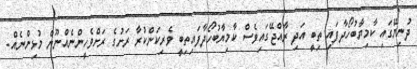
ދުނިޔޭގައި ކާމިޔާބުހޯދާފައި ތިބީ އަދި ރާއްޖޭގައިވެސް ކާމިޔާބުހޯދާފައިތިބީ ވެރިކަންކުރާ ރަށުގެ ރަށްވެހީންނެއްނޫން މުޅިންނެއް.